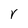
Character: r